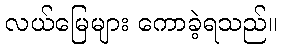
လယ်မြေများ ကောခဲ့ရသည်။